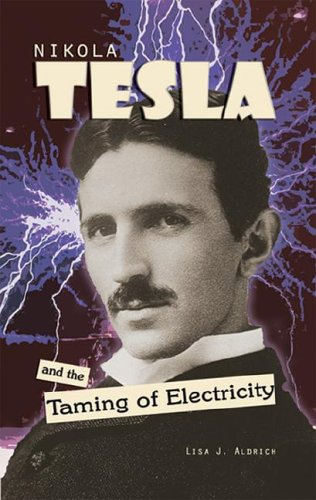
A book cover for Nikola Tesla And The Taming Of Electricity; Lisa J. Aldrich; Teen & Young Adult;